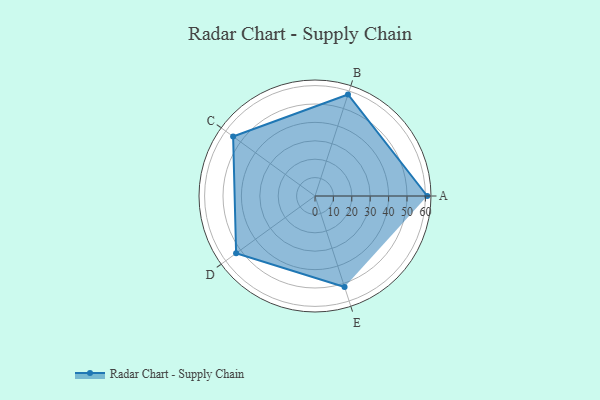
{"axis": {"x": "Skill", "y": "Score"}, "legend": ["Profile"], "data": [{"x": "A", "y": 61.0, "type": "Profile"}, {"x": "B", "y": 58.0, "type": "Profile"}, {"x": "C", "y": 55.0, "type": "Profile"}, {"x": "D", "y": 53.0, "type": "Profile"}, {"x": "E", "y": 52.0, "type": "Profile"}]}